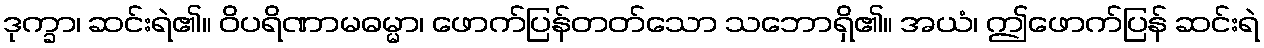
ဒုက္ခာ၊ ဆင်းရဲ၏။ ဝိပရိဏာမဓမ္မာ၊ ဖောက်ပြန်တတ်သော သဘောရှိ၏။ အယံ၊ ဤဖောက်ပြန် ဆင်းရဲ